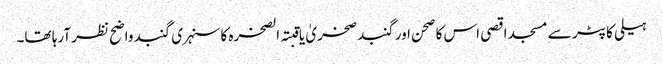
ہیلی کاپٹر سے مسجد اقصی اس کا صحن اور گنبد صخریٰ یا قبتہ الصخرہ کا سنہری گنبد واضح نظر آرہا تھا۔